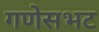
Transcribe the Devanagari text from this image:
गणेसभट